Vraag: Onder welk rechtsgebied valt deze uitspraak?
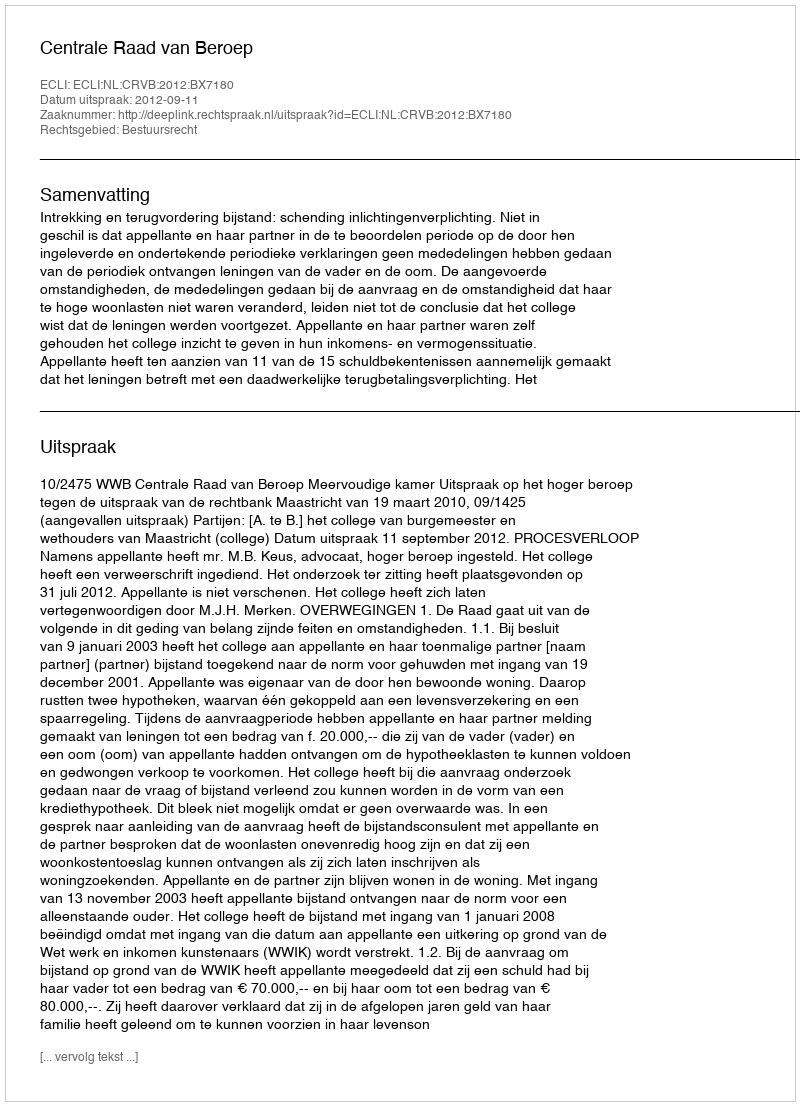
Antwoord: Bestuursrecht